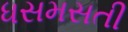
ધસમસતી